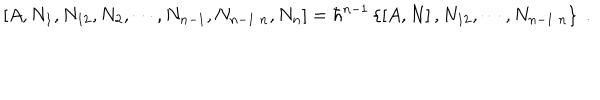
LaTeX: \left[ A , N _ { 1 } , N _ { 1 2 } , N _ { 2 } , \cdots , N _ { n - 1 } , N _ { n - 1 \; n } , N _ { n } \right] = \hbar ^ { n - 1 } \left\{ \left[ A , N \right] , N _ { 1 2 } , \cdots , N _ { n - 1 \; n } \right\} \; .